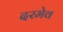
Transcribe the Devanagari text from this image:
दरमेव